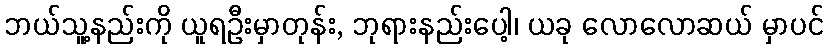
ဘယ်သူ့နည်းကို ယူရဦးမှာတုန်း, ဘုရားနည်းပေါ့၊ ယခု လောလောဆယ် မှာပင်